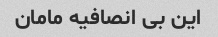
این بی انصافیه مامان